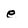
Character: e